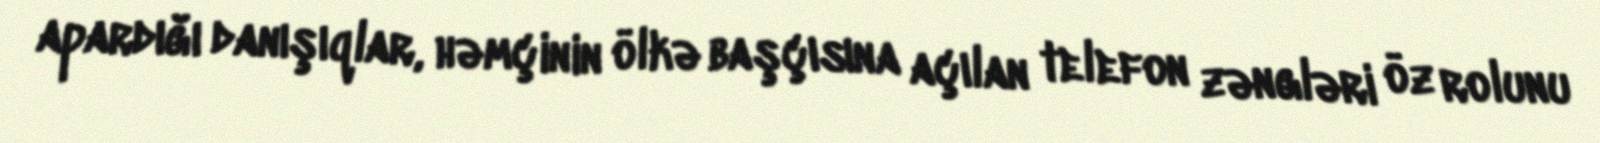
apardığı danışıqlar, həmçinin ölkə başçısına açılan telefon zəngləri öz rolunu